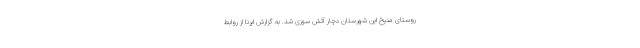
روستای منیخ این شهرستان دچار آتش سوزی شد. به گزارش ایرنا از روابط